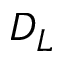
D _ { L }